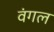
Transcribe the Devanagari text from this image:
वंगल